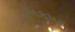
કનકપર